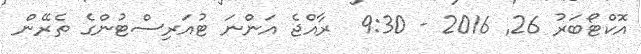
އޮކްޓޯބަރު 26